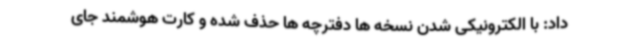
داد: با الکترونیکی شدن نسخه ها دفترچه ها حذف شده و کارت هوشمند جای